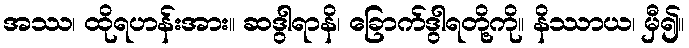
အဿ၊ ထိုရဟန်းအား။ ဆဒွါရာနိ၊ ခြောက်ဒွါရတို့ကို။ နိဿာယ၊ မှီ၍။